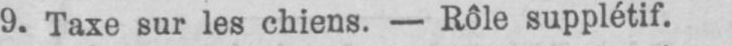
9. Taxe sur les chiens. - Rôle supplétif.